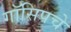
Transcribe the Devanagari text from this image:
गॉसिपचे